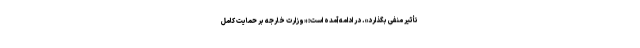
تأثیر منفی بگذارد». در ادامه آمده است: «وزارت خارجه بر حمایت کامل